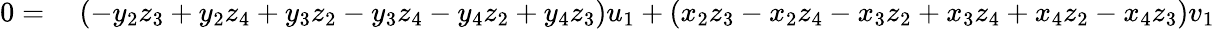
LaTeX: \begin{array}{rl}{0=}&{{}\ (-y_{2}z_{3}+y_{2}z_{4}+y_{3}z_{2}-y_{3}z_{4}-y_{4}z_{2}+y_{4}z_{3})u_{1}+(x_{2}z_{3}-x_{2}z_{4}-x_{3}z_{2}+x_{3}z_{4}+x_{4}z_{2}-x_{4}z_{3})v_{1}}\end{array}